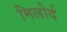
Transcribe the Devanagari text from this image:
मिलोर्द